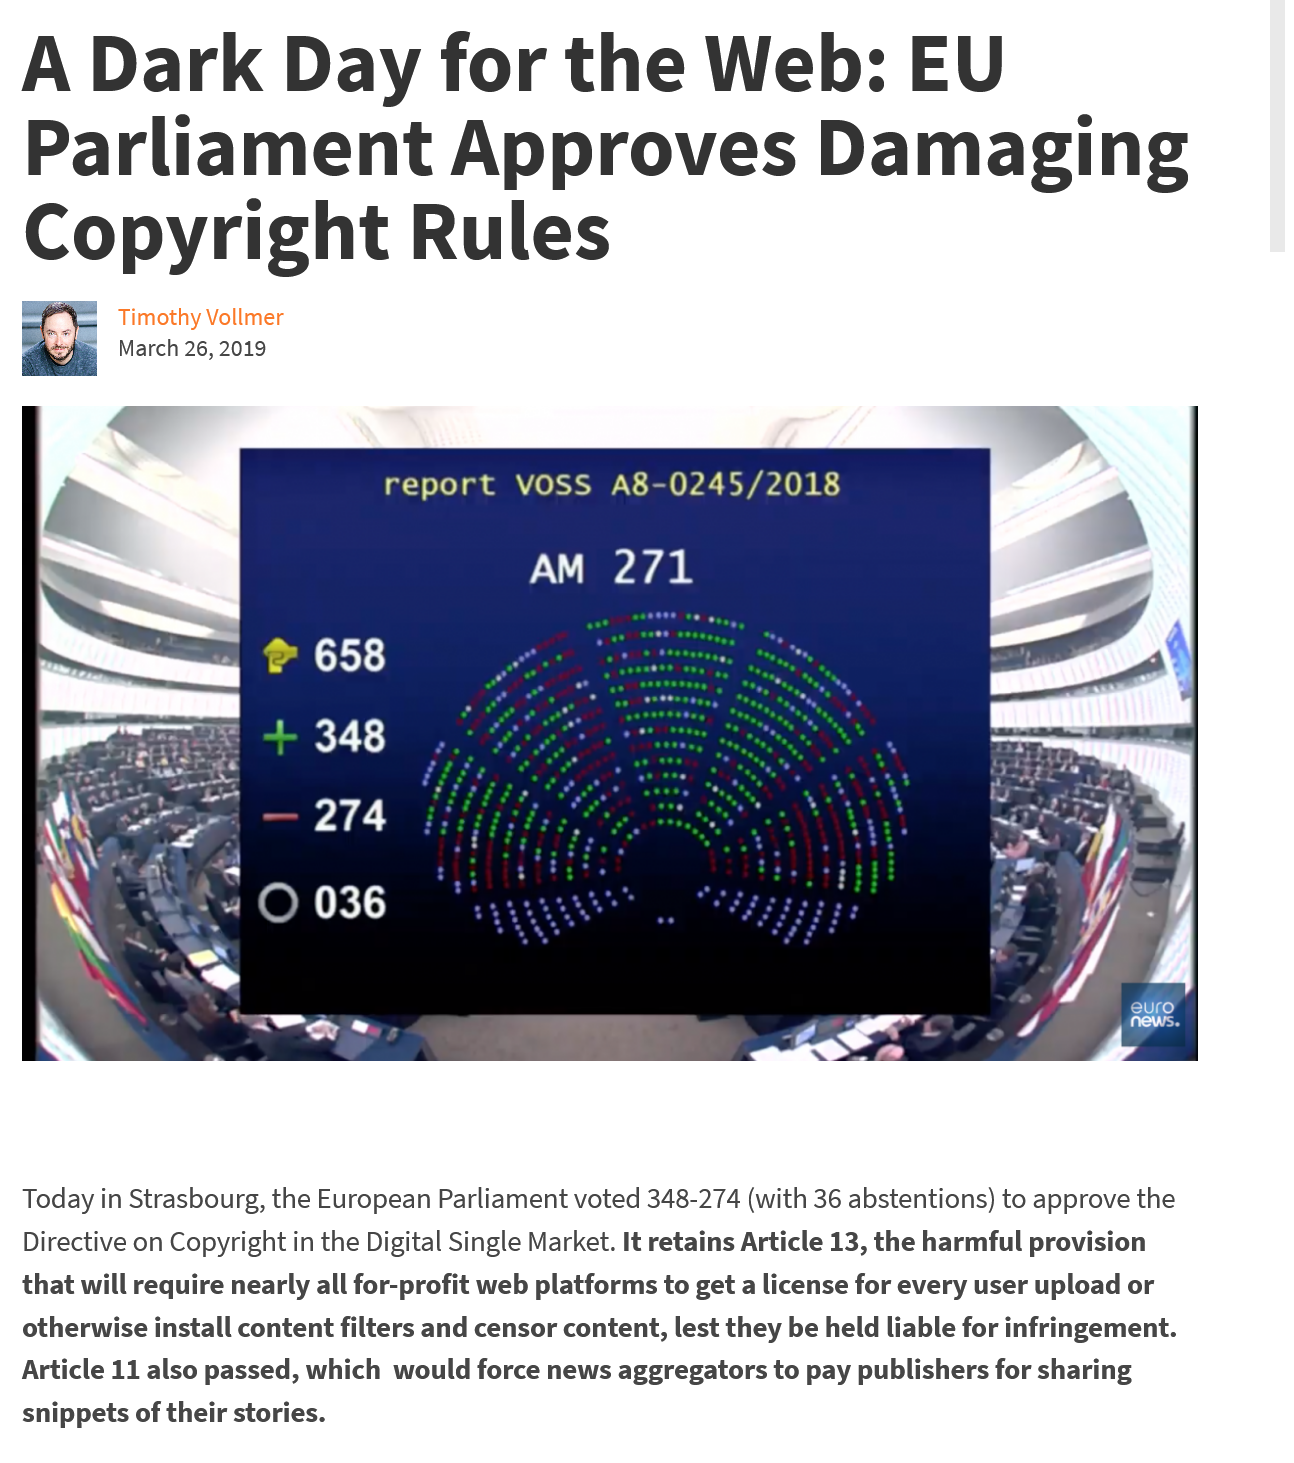
A    Dark    Day    for    the    Web:    EU
   Parliament    Approves    Damaging
  Copyright    Rules
     Timothy Vollmer
     March 26, 2019
     report    VOSS   A8-0245/2018
     AM    271
  Today in Strasbourg, the European Parliament voted 348-274 (with 36 abstentions) to approve the
  Directive on Copyright in the Digital Single Market. It retains Article 13, the harmful provision
  that will require nearly all for-profit web platforms to get a license for every user upload or
  otherwise install content filters and censor content, lest they be held liable for infringement.
  Article 11 also passed, which would force news aggregators to pay publishers for sharing
  snippets of their stories.